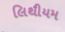
લિથીયમ